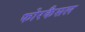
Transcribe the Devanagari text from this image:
फोरकैसल